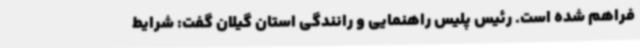
فراهم شده است. رئیس پلیس راهنمایی و رانندگی استان گیلان گفت: شرایط